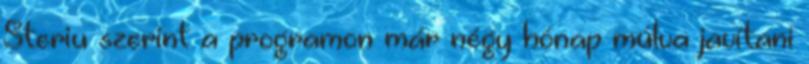
Steriu szerint a programon már négy hónap múlva javítani